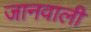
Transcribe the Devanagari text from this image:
जानवाली